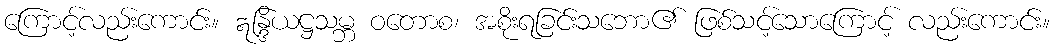
ကြောင့်လည်းကောင်း။ ဣန္ဒြိယဋ္ဌသမ္ဘ ဝတောစ၊ အစိုးရခြင်းသဘော၏ ဖြစ်သင့်သောကြောင့် လည်းကောင်း။